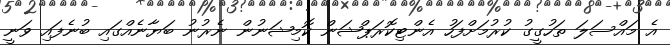
އެ މައްސަލަ ތަހުގީގު ކުރުމަށްފަހު އެންޓިކޮރަޕްޝަން ކޮމިޝަނުން ނެރުނު ބަޔާނެއްގައި ބުނެފައި ވަނީ